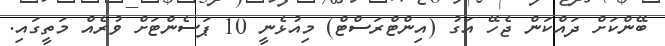
ބޭންކަށް ދައްކަން ޖެހޭ އަގު (އިންޓްރަސްޓް) މިއުޅެނީ 10 ޕަސެންޓަށް ވުރެއް މަތީގައި.